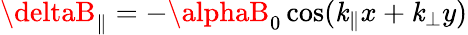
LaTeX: \deltaB_{\parallel}=-\alphaB_{0}\cos(\mathit{k}_{\parallel}x+\mathit{k}_{\perp}y)